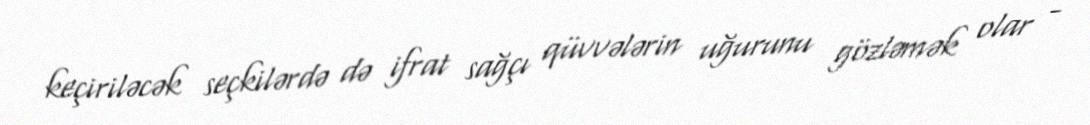
keçiriləcək seçkilərdə də ifrat sağçı qüvvələrin uğurunu gözləmək olar -